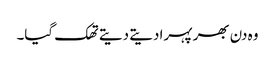
وہ دن بھر پہرا دیتے دیتے تھک گیا۔